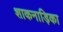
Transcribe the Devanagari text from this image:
शाकनाड़िका